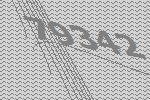
79342